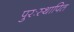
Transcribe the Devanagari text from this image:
पुरःस्थापित